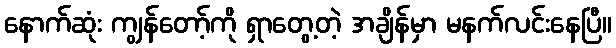
နောက်ဆုံး ကျွန်တော့်ကို ရှာတွေ့တဲ့ အချိန်မှာ မနက်လင်းနေပြီ။